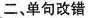
二、单句改错